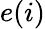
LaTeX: e(i)